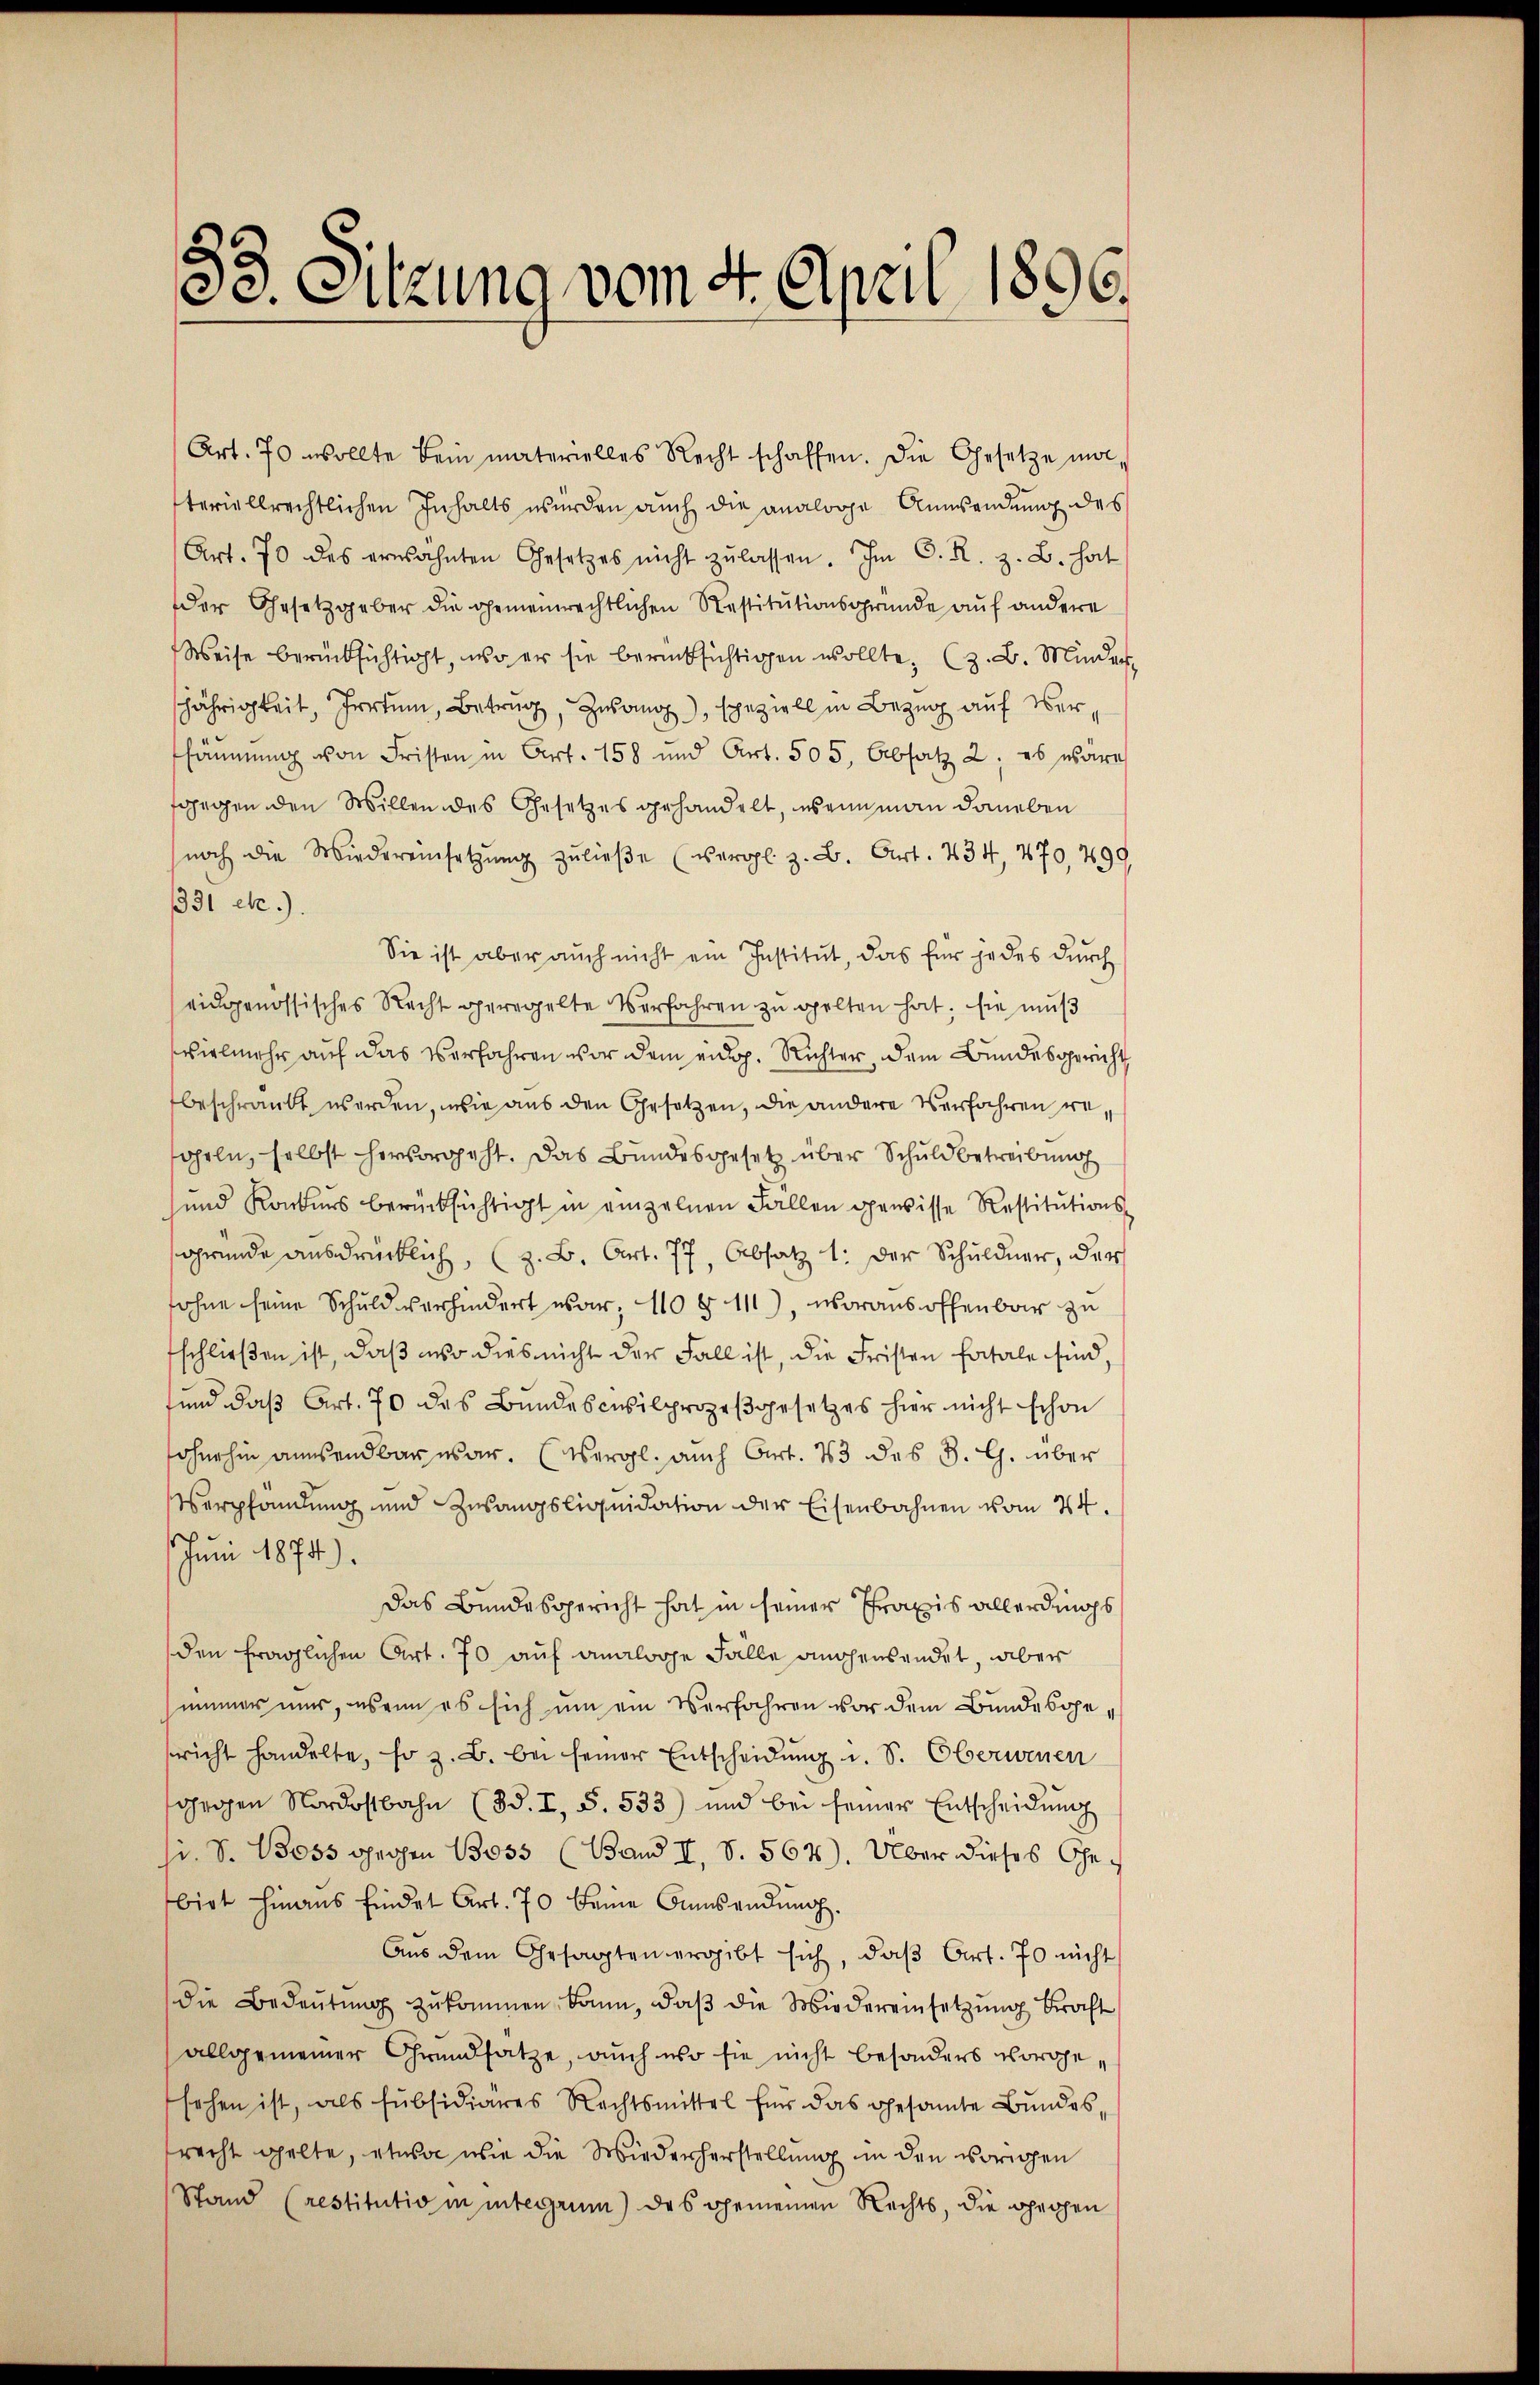
Art. 70 wollte kein materielles Recht schaffen. Die Gesetze und
teriellrechtlichen Inhalts werden auch die analoge Anwendung des
Art. 70 des erwähnten Gesetzes nicht zŭ lassen. Im C. R. z. B. hat
der Gesetzgeber die gemeinrechtlichen Restitŭtionsgründe auf andere
Weise berücksichtigt, wo er sie berücksichtigen wollte, (z. B. Minder
jährigkeit, Irrtum, Betrug, Zwang, speziell in Bezug auf Versäumung von Fristen in Art. 158 und Art. 505, Absatz 2; es wäre
fgegen den Willen des Gesetzes gehandelt, wenn man daneben
noch die Wiedereinsetzŭng zŭlieβe (vergl. z. B. Art. 434, 470, 799
331 etc.)
Sie ist aber auch nicht ein Institut, das für jedes durch
eidgenössisches Recht geregelte Verfahren zŭ gelten hat; sie muß
vielmehr auf das Verfahren vor dem eidg. Richter, dem Bundesgericht
beschränkt werden, wie aus den Gesetzen, die andere Verfahren wegeln, selbst hervorgeht. Das Bundesgesetz über Schuldbetreibung
und Konkurs berücksichtigt in einzelnen Fallen gewisse Restitutions-
gründe ausdrücklich, (z. B. Art. 77, Absatz 1. Der Schuldner, der
sohne seine Schuld verhindert war; 110 § 111), woraus offenbar zu
fschließen ist, daß wo dies nicht der Fall ist, die Fristen fatale sind
sund daβ Art. 70 des Bundescivilprozeβgesetzes hier nicht schon
sohnehin ansendbar war. (Vergl. auch Art. 43 des B. G. über
Verpfandung und Zusangsliquidation der Eisenbahnen vom 24.
s
Juni 1874)
Das Bundesgericht hat in seiner Praxis allerdings
den fraglichen Art. 70 auf analoge Fälle angensendet, aber
immer mir, wenn es sich um ein Verfahren vor dem Bundesgericht handelte, so z. B. bei seiner Entscheidŭng u. S. Oberwinen
gegen Nordostbahn (Bd. I, S. 533) und bei seiner Entscheidŭng
i. S. Boss gegen 13055 (Band II., S. 567). Über dieses Gebirt hinaus findet Art. 70 keine Ansendung.
Aus dem Gesagten ergibt sich, daß Art. 70 nicht
die Bedeŭtŭng zŭkommen kann, daβ die Wiedereinsetzŭng kraft
allgemeiner Grundsatze, auch wo sie nicht besonders vorgesehen ist, als subsidiäres Rechtsmittel für das gesamte Bŭndes-
recht gelte, etwas wie die Wiederherstellung in den übrigen
Stand (restitutio in integrum) des gemeinen Rechts, die gegen

53 Sitzung vom 4. April 1896.